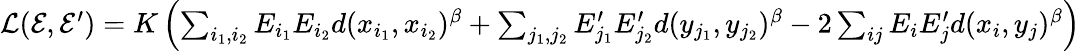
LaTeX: \begin{array}{r}{\mathcal{L}(\mathcal{E},\mathcal{E}^{\prime})=K\left(\sum_{i_{1},i_{2}}E_{i_{1}}E_{i_{2}}d(x_{i_{1}},x_{i_{2}})^{\beta}+\sum_{j_{1},j_{2}}E_{j_{1}}^{\prime}E_{j_{2}}^{\prime}d(y_{j_{1}},y_{j_{2}})^{\beta}-2\sum_{ij}E_{i}E_{j}^{\prime}d(x_{i},y_{j})^{\beta}\right)}\end{array}